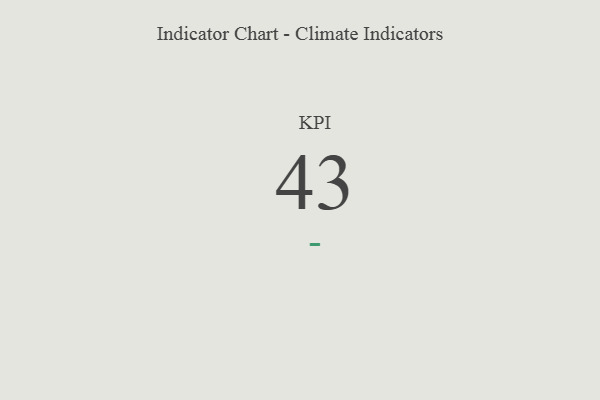
{"axis": {"x": "KPI", "y": "Value"}, "legend": [""], "data": [{"x": "KPI", "y": 43, "type": ""}]}